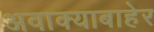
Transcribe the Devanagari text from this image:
अवाक्याबाहेर